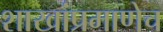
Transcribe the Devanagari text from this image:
शाखांप्रमाणेच